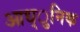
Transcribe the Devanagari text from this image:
आध्ुनिक